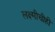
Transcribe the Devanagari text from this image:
लक्ष्मीचीही